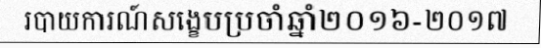
របាយការណ៍សង្ខេបប្រចាំឆ្នាំ២០១៦-២០១៧